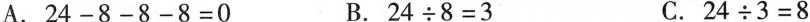
A.$$24-8-8-8=0$$ B.$$24\div8=3$$ C.$$24\div3=8$$